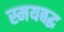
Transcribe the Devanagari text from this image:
स्मयबद्ध